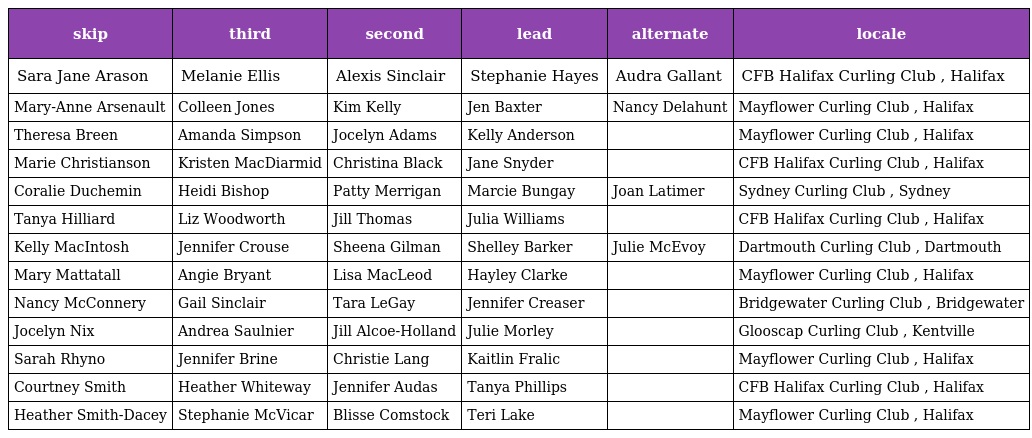
| skip | third | second | lead | alternate | locale |
 | --- | --- | --- | --- | --- | --- |
 | Sara Jane Arason | Melanie Ellis | Alexis Sinclair | Stephanie Hayes | Audra Gallant | CFB Halifax Curling Club , Halifax |
 | Mary-Anne Arsenault | Colleen Jones | Kim Kelly | Jen Baxter | Nancy Delahunt | Mayflower Curling Club , Halifax |
 | Theresa Breen | Amanda Simpson | Jocelyn Adams | Kelly Anderson |  | Mayflower Curling Club , Halifax |
 | Marie Christianson | Kristen MacDiarmid | Christina Black | Jane Snyder |  | CFB Halifax Curling Club , Halifax |
 | Coralie Duchemin | Heidi Bishop | Patty Merrigan | Marcie Bungay | Joan Latimer | Sydney Curling Club , Sydney |
 | Tanya Hilliard | Liz Woodworth | Jill Thomas | Julia Williams |  | CFB Halifax Curling Club , Halifax |
 | Kelly MacIntosh | Jennifer Crouse | Sheena Gilman | Shelley Barker | Julie McEvoy | Dartmouth Curling Club , Dartmouth |
 | Mary Mattatall | Angie Bryant | Lisa MacLeod | Hayley Clarke |  | Mayflower Curling Club , Halifax |
 | Nancy McConnery | Gail Sinclair | Tara LeGay | Jennifer Creaser |  | Bridgewater Curling Club , Bridgewater |
 | Jocelyn Nix | Andrea Saulnier | Jill Alcoe-Holland | Julie Morley |  | Glooscap Curling Club , Kentville |
 | Sarah Rhyno | Jennifer Brine | Christie Lang | Kaitlin Fralic |  | Mayflower Curling Club , Halifax |
 | Courtney Smith | Heather Whiteway | Jennifer Audas | Tanya Phillips |  | CFB Halifax Curling Club , Halifax |
 | Heather Smith-Dacey | Stephanie McVicar | Blisse Comstock | Teri Lake |  | Mayflower Curling Club , Halifax |